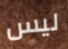
ليس